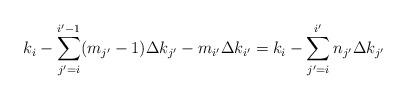
LaTeX: \begin{align*}k_{i} - \sum_{j'=i}^{i'-1} (m_{j'}-1)\Delta k_{j'} - m_{i'}\Delta k_{i'}=k_{i} - \sum_{j'=i}^{i'} n_{j'}\Delta k_{j'}\end{align*}